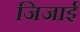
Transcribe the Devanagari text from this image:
जिजाई